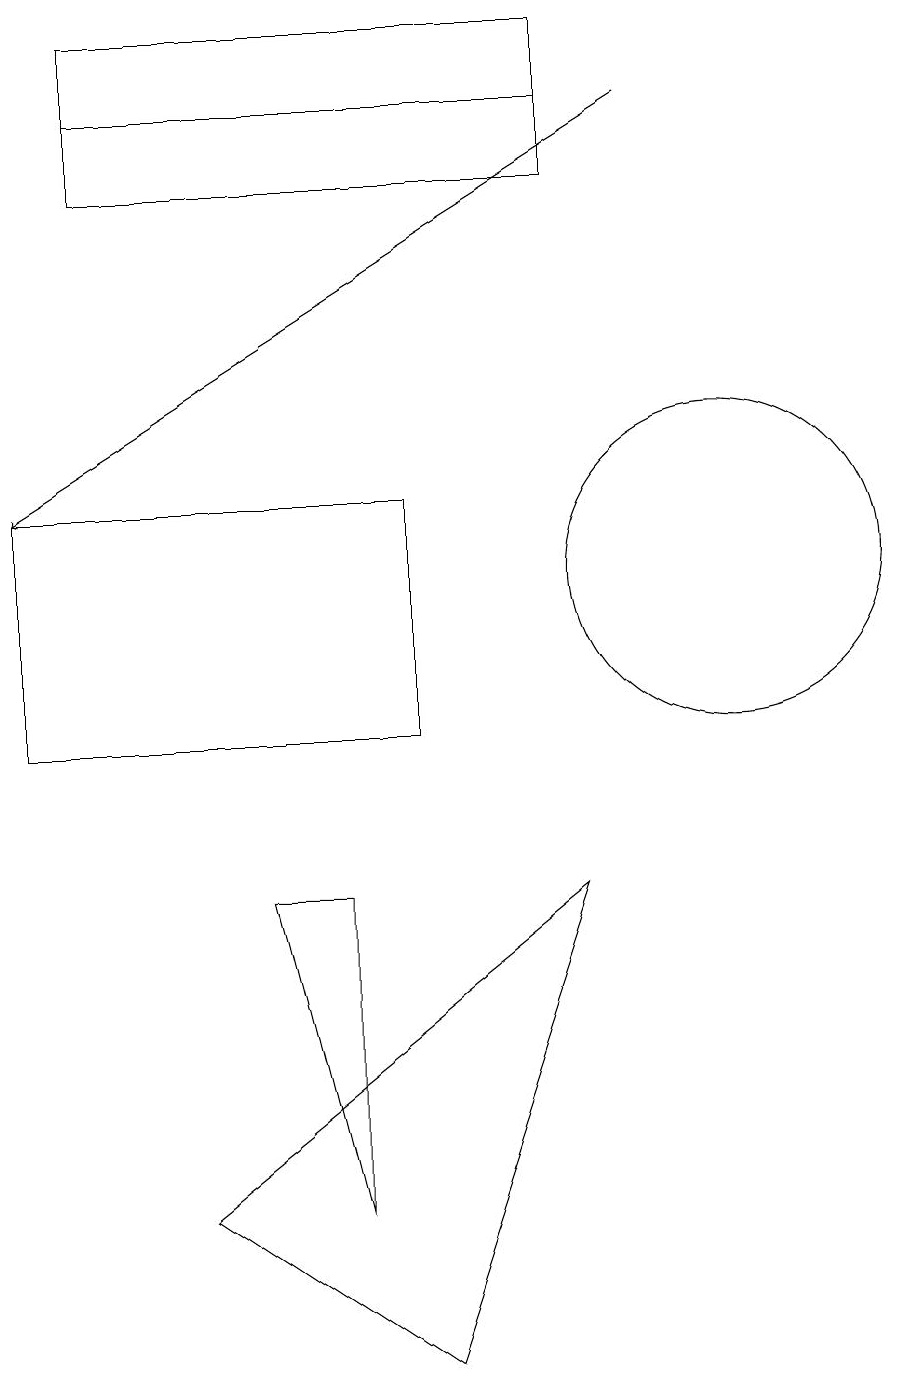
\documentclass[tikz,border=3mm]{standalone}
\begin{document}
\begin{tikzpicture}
\draw (2,18) rectangle (8,19);
\draw (1,13) rectangle (6,10);
\draw (2,17) rectangle (8,19);
\draw[->] (9,18) -- (1,13);
\draw (10,12) circle (2);
\draw (5,8) -- (5,4) -- (4,8) -- cycle;
\draw (6,2) -- (8,8) -- (3,4) -- cycle;
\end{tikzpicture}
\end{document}